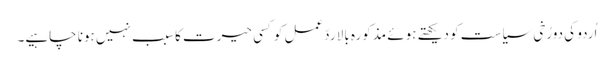
اُردو کی دورُخی سیاست کو دیکھتے ہوئے مذکورہ بالا ردّعمل کوکسی حیرت کا سبب نہیں ہونا چاہیے۔